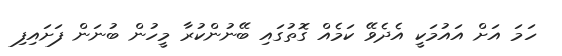
ހަމަ އަށް އައުމަކީ އެދެވޭ ކަމެއް ގޮތުގައި ބޭނުންކުރާ މީހުން ބުނަން ފަށައިފި